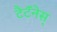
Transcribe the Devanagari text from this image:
टैटॅनेस्